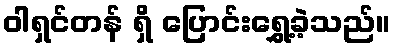
ဝါရှင်တန် ရှိ ပြောင်းရွှေ့ခဲ့သည်။